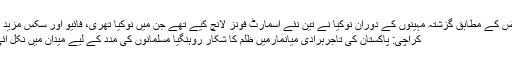
رپورٹس کے مطابق گزشتہ مہینوں کے دوران نوکیا نے تین نئے اسمارٹ فونز لانچ کیے تھے جن میں نوکیا تھری، فائیو اور سکس مزید پڑھیں
کراچی: پاکستان کی تاجربرادی میانمارمیں ظلم کا شکار روہنگیا مسلمانوں کی مدد کے لیے میدان میں نکل آئی ہے۔